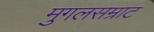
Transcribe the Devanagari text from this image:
मुगलसम्राट